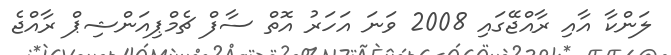
ލަންކާ އާއި ރާއްޖޭގައި 2008 ވަަނަ އަަހަރު އޮތް ސާފް ޗެމްޕިއަންޝިޕް ރާއްޖެ